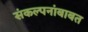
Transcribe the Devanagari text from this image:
संकल्पनांबाबत